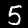
Digit: 5